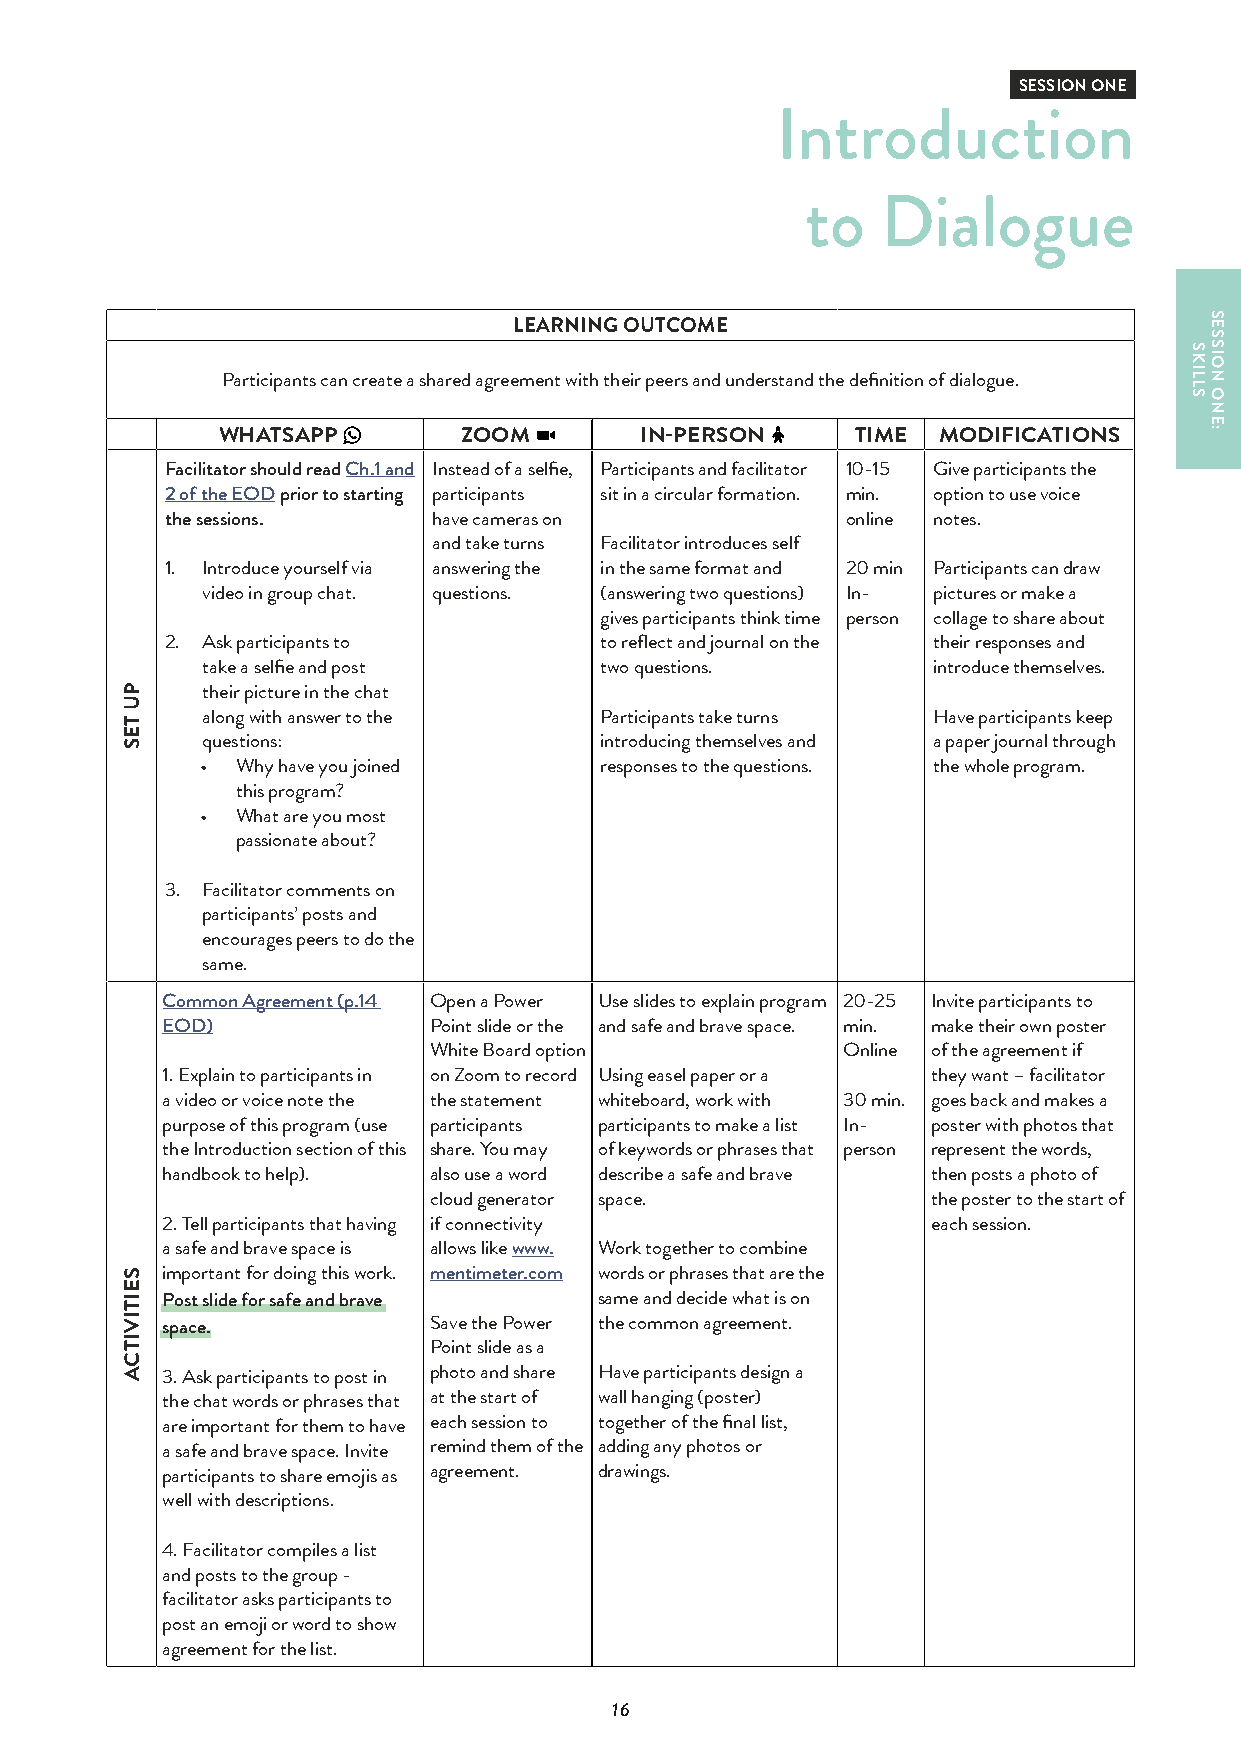
SESSION ONE
 Introduction
 to   Dialogue
 LEARNING OUTCOME
 Participants can create a shared agreement with their peers and understand the definition of dialogue.
 WHATSAPP        ZOOM        IN-PERSON      TIME MODIFICATIONS
 Facilitator should read Ch.1 and Instead of a selfie, Participants and facilitator 10-15 Give participants the
 2 of the EOD prior to starting participants sit in a circular formation. min. option to use voice
 the sessions.     have cameras on            online notes.
 and take turns Facilitator introduces self
 1. Introduce yourself via answering the in the same format and 20 min Participants can draw
 video in group chat. questions. (answering two questions) In- pictures or make a
 gives participants think time person collage to share about
 2. Ask participants to       to reflect and journal on the their responses and
 take a selfie and post     two questions.        introduce themselves.
 their picture in the chat
 along with answer to the   Participants take turns Have participants keep
 questions:                 introducing themselves and a paper journal through
 •  Why have you joined     responses to the questions. the whole program.
 this program?
 •  What are you most
 passionate about?
 3. Facilitator comments on
 participants’ posts and
 encourages peers to do the
 same.
 Common Agreement (p.14 Open a Power Use slides to explain program 20-25 Invite participants to
 EOD)             Point slide or the and safe and brave space. min. make their own poster
 White Board option          Online of the agreement if
 1. Explain to participants in on Zoom to record Using easel paper or a they want – facilitator
 a video or voice note the the statement whiteboard, work with 30 min. goes back and makes a
 purpose of this program (use participants participants to make a list In- poster with photos that
 the Introduction section of this share. You may of keywords or phrases that person represent the words,
 handbook to help). also use a word describe a safe and brave then posts a photo of
 cloud generator space.            the poster to the start of
 2. Tell participants that having if connectivity   each session.
 a safe and brave space is allows like www. Work together to combine
 important for doing this work. mentimeter.com words or phrases that are the
 Post slide for safe and brave same and decide what is on
 space.           Save the Power the common agreement.
 Point slide as a
 3. Ask participants to post in photo and share Have participants design a
 the chat words or phrases that at the start of wall hanging (poster)
 are important for them to have each session to together of the final list,
 a safe and brave space. Invite remind them of the adding any photos or
 participants to share emojis as agreement. drawings.
 well with descriptions.
 4. Facilitator compiles a list
 and posts to the group -
 facilitator asks participants to
 post an emoji or word to show
 agreement for the list.
 16
 PU
 TES
 SEITIVITCA
 SKILLS
 SESSION
 ONE: